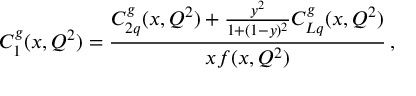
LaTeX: C _ { 1 } ^ { g } ( x , Q ^ { 2 } ) = \frac { C _ { 2 q } ^ { g } ( x , Q ^ { 2 } ) + \frac { y ^ { 2 } } { 1 + ( 1 - y ) ^ { 2 } } C _ { L q } ^ { g } ( x , Q ^ { 2 } ) } { x f ( x , Q ^ { 2 } ) } \, ,